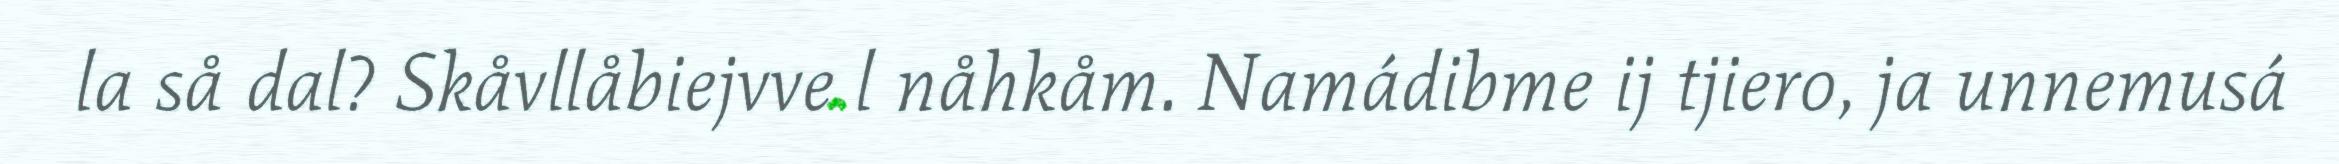
la så dal? Skåvllåbiejvve l nåhkåm. Namádibme ij tjiero, ja unnemusá